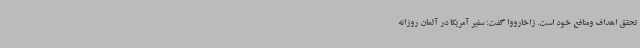
تحقق اهداف ومنافع خود است. زاخارووا گفت: سفیر آمریکا در آلمان روزانه